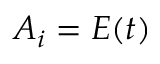
A _ { i } = E ( t )